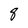
Character: 8